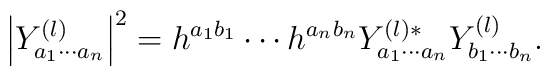
\left| Y^{(l)}_{a_1 \cdots a_n} \right|^2 = h^{a_1b_1} \cdots h^{a_nb_n} Y^{(l)*}_{a_1 \cdots a_n} Y^{(l)}_{b_1 \cdots b_n}.